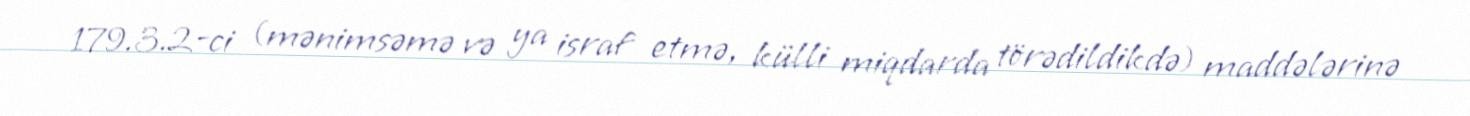
179.3.2-ci (mənimsəmə və ya israf etmə, külli miqdarda törədildikdə) maddələrinə